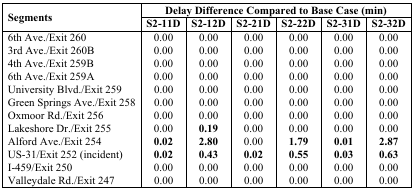
<table><thead><tr><td rowspan="2"><b>Segments</b></td><td colspan="6"><b>Delay Difference Compared to Base Case (min)</b></td></tr><tr><td><b>S2-11D</b></td><td><b>S2-12D</b></td><td><b>S2-21D</b></td><td><b>S2-22D</b></td><td><b>S2-31D</b></td><td><b>S2-32D</b></td></tr></thead><tbody><tr><td>6th Ave./Exit 260</td><td>0.00</td><td>0.00</td><td>0.00</td><td>0.00</td><td>0.00</td><td>0.00</td></tr><tr><td>3rd Ave./Exit 260B</td><td>0.00</td><td>0.00</td><td>0.00</td><td>0.00</td><td>0.00</td><td>0.00</td></tr><tr><td>4th Ave./Exit 259B</td><td>0.00</td><td>0.00</td><td>0.00</td><td>0.00</td><td>0.00</td><td>0.00</td></tr><tr><td>6th Ave./Exit 259A</td><td>0.00</td><td>0.00</td><td>0.00</td><td>0.00</td><td>0.00</td><td>0.00</td></tr><tr><td>University Blvd./Exit 259</td><td>0.00</td><td>0.00</td><td>0.00</td><td>0.00</td><td>0.00</td><td>0.00</td></tr><tr><td>Green Springs Ave./Exit 258</td><td>0.00</td><td>0.00</td><td>0.00</td><td>0.00</td><td>0.00</td><td>0.00</td></tr><tr><td>Oxmoor Rd./Exit 256</td><td>0.00</td><td>0.00</td><td>0.00</td><td>0.00</td><td>0.00</td><td>0.00</td></tr><tr><td>Lakeshore Dr./Exit 255</td><td>0.00</td><td><b>0.19</b></td><td>0.00</td><td>0.00</td><td>0.00</td><td>0.00</td></tr><tr><td>Alford Ave./Exit 254</td><td><b>0.02</b></td><td><b>2.80</b></td><td>0.00</td><td><b>1.79</b></td><td><b>0.01</b></td><td><b>2.87</b></td></tr><tr><td>US-31/Exit 252 (incident)</td><td><b>0.02</b></td><td><b>0.43</b></td><td><b>0.02</b></td><td><b>0.55</b></td><td><b>0.03</b></td><td><b>0.63</b></td></tr><tr><td>I-459/Exit 250</td><td>0.00</td><td>0.00</td><td>0.00</td><td>0.00</td><td>0.00</td><td>0.00</td></tr><tr><td>Valleydale Rd./Exit 247</td><td>0.00</td><td>0.00</td><td>0.00</td><td>0.00</td><td>0.00</td><td>0.00</td></tr></tbody></table>